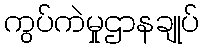
ကွပ်ကဲမှုဌာနချုပ်